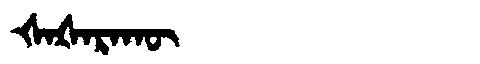
Manchu: ᡧᠠᡧᠠᡵᠠᡴᡡ
Romanization: ŠAŠARAKŪ